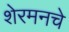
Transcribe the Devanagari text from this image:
शेरमनचे